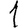
Digit: 1